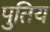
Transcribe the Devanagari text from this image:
पुतिय